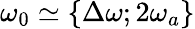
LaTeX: \omega_{0}\simeq\{ \Delta\omega;2\omega_{a}\}